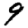
Digit: 9